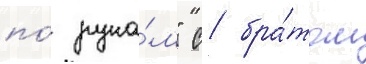
по́ рука́м" с бра́том